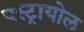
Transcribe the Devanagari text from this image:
एस्ट्रायोल